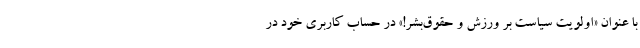
با عنوان «اولویت سیاست بر ورزش و حقوق‌بشر!» در حساب کاربری خود در